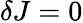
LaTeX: \delta J=0